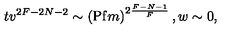
t v ^ { 2 F - 2 N - 2 } \sim \left( \mathrm { P f } m \right) ^ { 2 \frac { F - N - 1 } { F } } , w \sim 0 ,